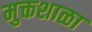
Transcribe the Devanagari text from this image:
मुक्तशाळा